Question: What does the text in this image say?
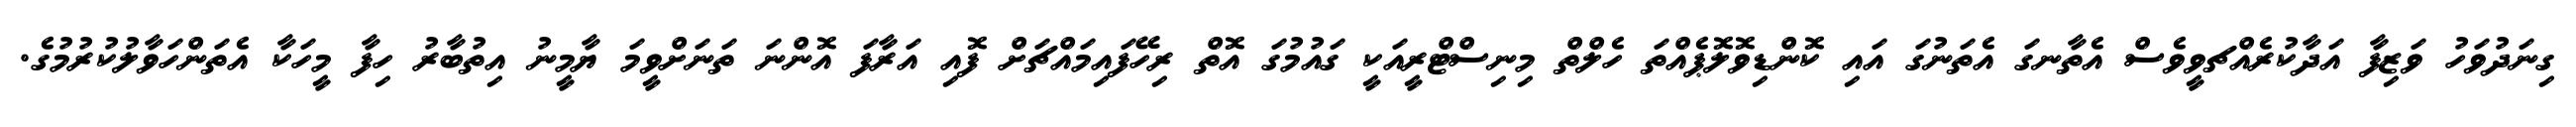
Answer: ގިނަދުވަހު ވަޒިފާ އަދާކުރެއްޗވީވެސް އެތާނގަ އެތަނުގަ އައި ކޮންޑިވޮލޮޕެއްތަ ހެލްތް މިނިސްޓްރީއަކީ ގައުމުގަ އޮތް ރިހޭފައިމައްޗަށް ފޮއި އަރާފަ އޮންނަ ތަނަށްވީމަ ޔާމީނު އިތުބާރު ހިފާ މީހަކާ އެތަންހަވާލުކުރުމުގެ.